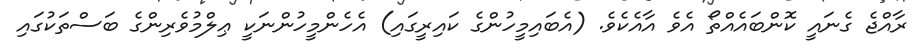
ރާއްޖެ ގެނައީ ކޮންބައެއްތޯ އެވެ އާއެކެވެ. (އެބައިމީހުންގެ ކައިރީގައި) އެހެންމީހުންނަކީ ޢިލްމުވެރިންގެ ބަސްތަކުގައި